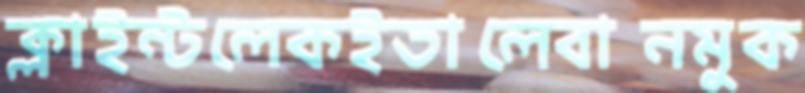
ক্লাইন্টলেকইতালেবানমুক